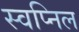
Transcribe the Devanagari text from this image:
स्‍वप्निल